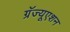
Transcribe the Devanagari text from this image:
ग्रॅज्यूएशन